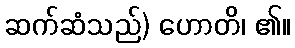
ဆက်ဆံသည်) ဟောတိ၊ ၏။